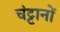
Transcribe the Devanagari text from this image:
चंट्टानों